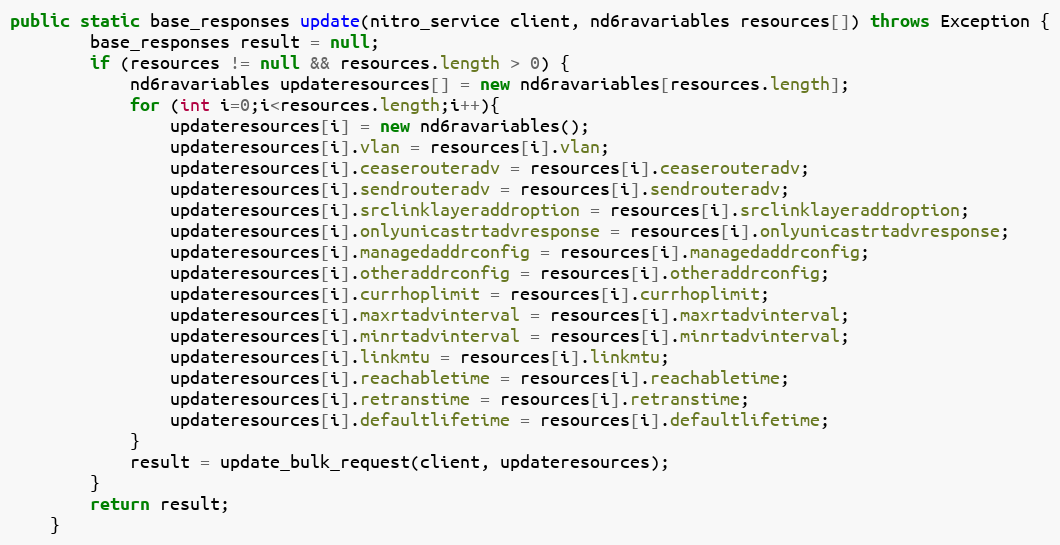
Language: Java
public static base_responses update(nitro_service client, nd6ravariables resources[]) throws Exception {
		base_responses result = null;
		if (resources != null && resources.length > 0) {
			nd6ravariables updateresources[] = new nd6ravariables[resources.length];
			for (int i=0;i<resources.length;i++){
				updateresources[i] = new nd6ravariables();
				updateresources[i].vlan = resources[i].vlan;
				updateresources[i].ceaserouteradv = resources[i].ceaserouteradv;
				updateresources[i].sendrouteradv = resources[i].sendrouteradv;
				updateresources[i].srclinklayeraddroption = resources[i].srclinklayeraddroption;
				updateresources[i].onlyunicastrtadvresponse = resources[i].onlyunicastrtadvresponse;
				updateresources[i].managedaddrconfig = resources[i].managedaddrconfig;
				updateresources[i].otheraddrconfig = resources[i].otheraddrconfig;
				updateresources[i].currhoplimit = resources[i].currhoplimit;
				updateresources[i].maxrtadvinterval = resources[i].maxrtadvinterval;
				updateresources[i].minrtadvinterval = resources[i].minrtadvinterval;
				updateresources[i].linkmtu = resources[i].linkmtu;
				updateresources[i].reachabletime = resources[i].reachabletime;
				updateresources[i].retranstime = resources[i].retranstime;
				updateresources[i].defaultlifetime = resources[i].defaultlifetime;
			}
			result = update_bulk_request(client, updateresources);
		}
		return result;
	}